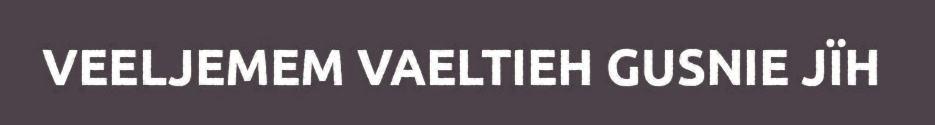
VEELJEMEM VAELTIEH GUSNIE JÏH